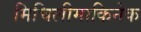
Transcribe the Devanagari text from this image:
मिचिलीमाकिनेक